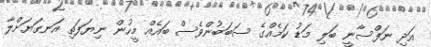
އަދި ނަފްސާނީ ބަލި މަޑު ކަމެއްގެ ސަބަބުންވެސް ބައެއް މީހުން ނިޔަފަތި އަނގަޔަށްލާ